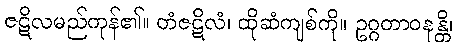
ဇဋိလမည်ကုန်၏။ တံဇဋိလံ၊ ထိုဆံကျစ်ကို။ ဥဂ္ဂတာဝနန္တိ၊